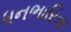
ધનભારિતા